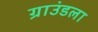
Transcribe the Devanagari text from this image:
ग्राउंडला